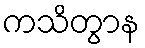
ကသိတွာန